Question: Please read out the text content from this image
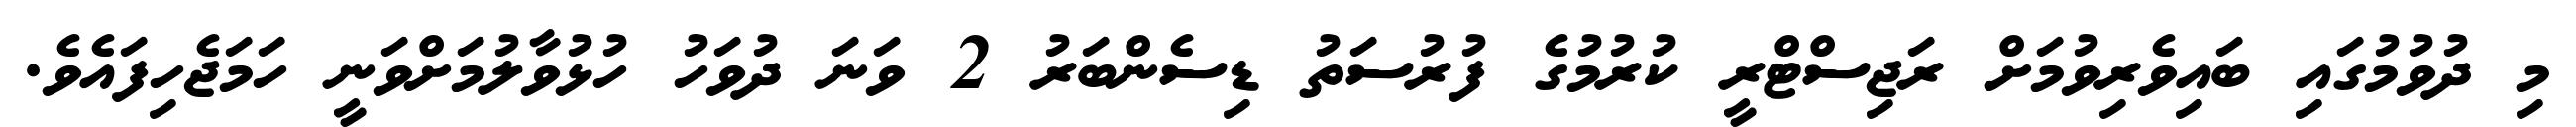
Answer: މި ދުވުމުގައި ބައިވެރިވުމަށް ރަޖިސްޓްރީ ކުރުމުގެ ފުރުސަތު ޑިސެންބަރު 2 ވަނަ ދުވަހު ހުޅުވާލުމަށްވަނީ ހަމަޖެހިފައެވެ.